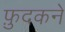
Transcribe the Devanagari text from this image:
फ़ुदकने